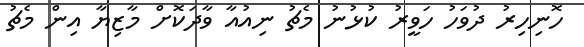
ހޮނިހިރު ދުވަހު ހަވީރު ކުޅުނު މެޗު ނިއުއާ ވާދަކޮށް މާޒިޔާ އިން މެޗު